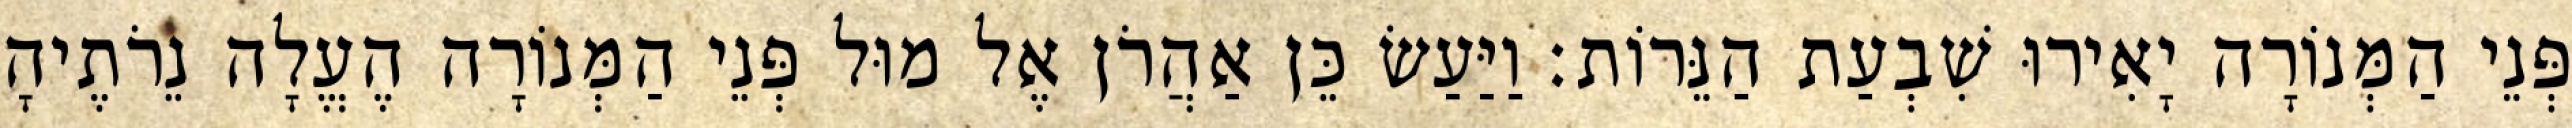
פְּנֵי הַמְּנוֹרָה יָאִירוּ שִׁבְעַת הַנֵּרוֹת׃ וַיַּעַשׂ כֵּן אַהֲרֹן אֶל מוּל פְּנֵי הַמְּנוֹרָה הֶעֱלָה נֵרֹתֶיהָ